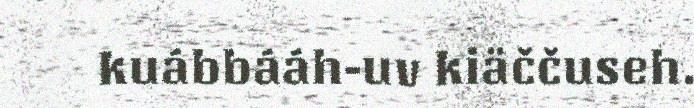
kuábbááh-uv kiäččuseh.